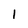
Character: 1